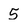
Character: 5